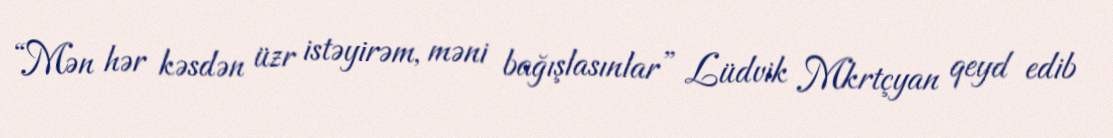
“Mən hər kəsdən üzr istəyirəm, məni bağışlasınlar” Lüdvik Mkrtçyan qeyd edib